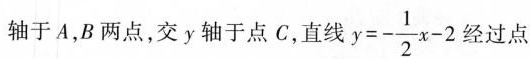
经过点轴于A，B两点，交y轴于点C，直线$$y = - \frac { 1 } { 2 } x - 2$$ 经过点